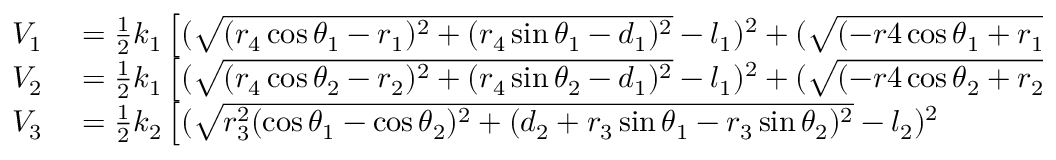
\begin{array} { r l } { V _ { 1 } } & { { } = \frac { 1 } { 2 } k _ { 1 } \left[ ( \sqrt { ( r _ { 4 } \cos \theta _ { 1 } - r _ { 1 } ) ^ { 2 } + ( r _ { 4 } \sin \theta _ { 1 } - d _ { 1 } ) ^ { 2 } } - l _ { 1 } ) ^ { 2 } + ( \sqrt { ( - r 4 \cos \theta _ { 1 } + r _ { 1 } ) ^ { 2 } + ( - r _ { 4 } \sin \theta _ { 1 } - d _ { 1 } ) ^ { 2 } } - l _ { 1 } ) ^ { 2 } \right] , } \\ { V _ { 2 } } & { { } = \frac { 1 } { 2 } k _ { 1 } \left[ ( \sqrt { ( r _ { 4 } \cos \theta _ { 2 } - r _ { 2 } ) ^ { 2 } + ( r _ { 4 } \sin \theta _ { 2 } - d _ { 1 } ) ^ { 2 } } - l _ { 1 } ) ^ { 2 } + ( \sqrt { ( - r 4 \cos \theta _ { 2 } + r _ { 2 } ) ^ { 2 } + ( - r _ { 4 } \sin \theta _ { 2 } - d _ { 1 } ) ^ { 2 } } - l _ { 1 } ) ^ { 2 } \right] , } \\ { V _ { 3 } } & { { } = \frac { 1 } { 2 } k _ { 2 } \left[ ( \sqrt { r _ { 3 } ^ { 2 } ( \cos \theta _ { 1 } - \cos \theta _ { 2 } ) ^ { 2 } + ( d _ { 2 } + r _ { 3 } \sin \theta _ { 1 } - r _ { 3 } \sin \theta _ { 2 } ) ^ { 2 } } - l _ { 2 } ) ^ { 2 } \right. } \end{array}